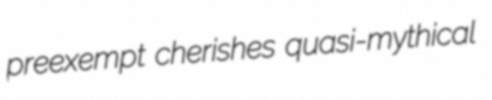
preexempt cherishes quasi-mythical